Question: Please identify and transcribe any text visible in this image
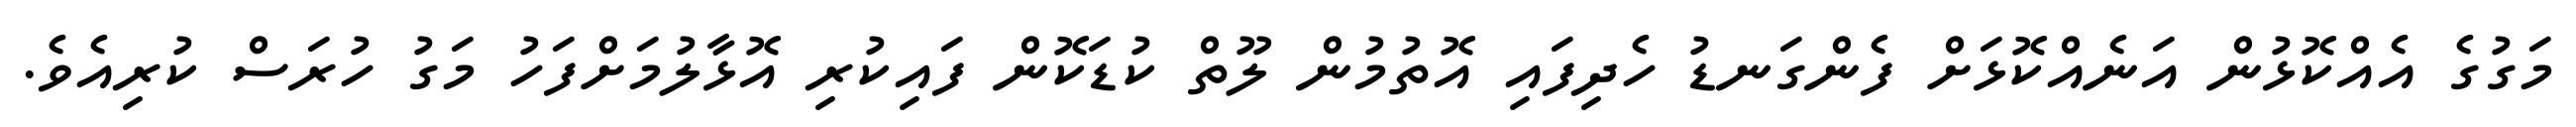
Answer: މަގުގެ އެއްކޮޅުން އަނެއްކޮޅަށް ފެންގަނޑު ހެދިފައި އޮތުމުން ލޫތް ކުޑަކޮން ފައިކުރި އޮޅާލުމަށްފަހު މަގު ހުރަސް ކުރިއެވެ.